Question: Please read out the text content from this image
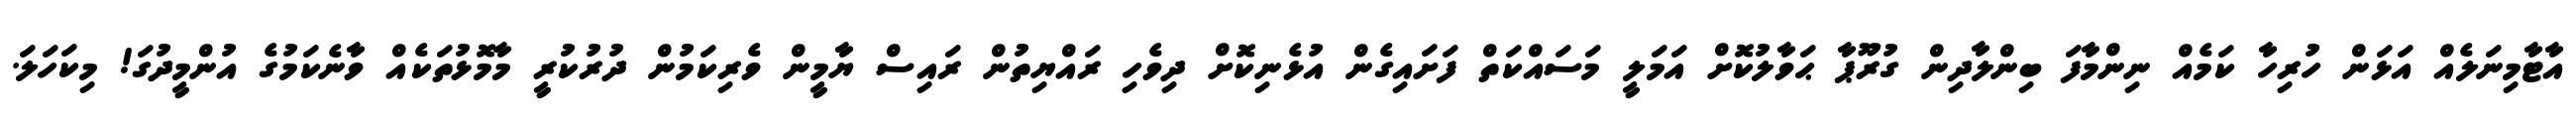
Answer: އާޓާމިނަލެއް އަޅަން ހުރިހާ ކަމެއް ނިންމާފަ ބިންލާދިން ގުރޫޕާ ޙަވާލުކޮށް އަމަލީ މަސައްކަތް ފަށައިގެން އުޅެނިކޮށް ދިވެހި ރައްޔިތުން ރައިސް ޔާމީން ވެރިކަމުން ދުރުކުރީ މާމޮޅުތަކެއް ވާނެކަމުގެ އުންމީދުގަ! މިކަހަލަ.